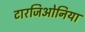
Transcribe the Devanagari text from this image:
टारजिओनिया